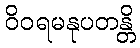
ဝိဝရမနုပတန္တိ